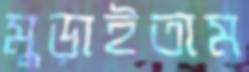
মুড়াইতাম